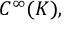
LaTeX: C ^ { \infty } ( K ) ,